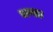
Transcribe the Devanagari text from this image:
मण्डा